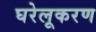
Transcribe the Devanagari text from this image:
घरेलूकरण